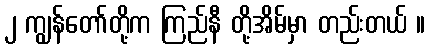
၂ ကျွန်တော်တို့က ကြည်နီ တို့အိမ်မှာ တည်းတယ် ။